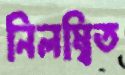
নিলম্বিত